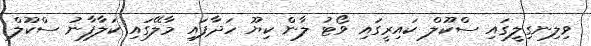
ވިލިނގިލީގައި ސްކޫލް ކައިރީގައި ވޯޓު ލާން ކިޔޫ ހަދާފައި މާލޭގައި ކަލާފާނު ސްކޫލް